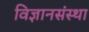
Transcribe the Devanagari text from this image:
विज्ञानसंस्था